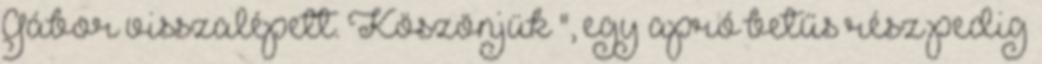
Gábor visszalépett. Köszönjük ", egy apró betűs rész pedig